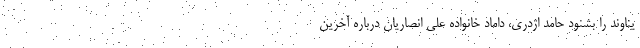
یناوند را بشنود حامد اژدری، داماد خانواده علی انصاریان درباره آخرین